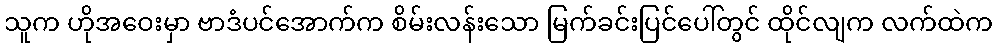
သူက ဟိုအဝေးမှာ ဗာဒံပင်အောက်က စိမ်းလန်းသော မြက်ခင်းပြင်ပေါ်တွင် ထိုင်လျက လက်ထဲက